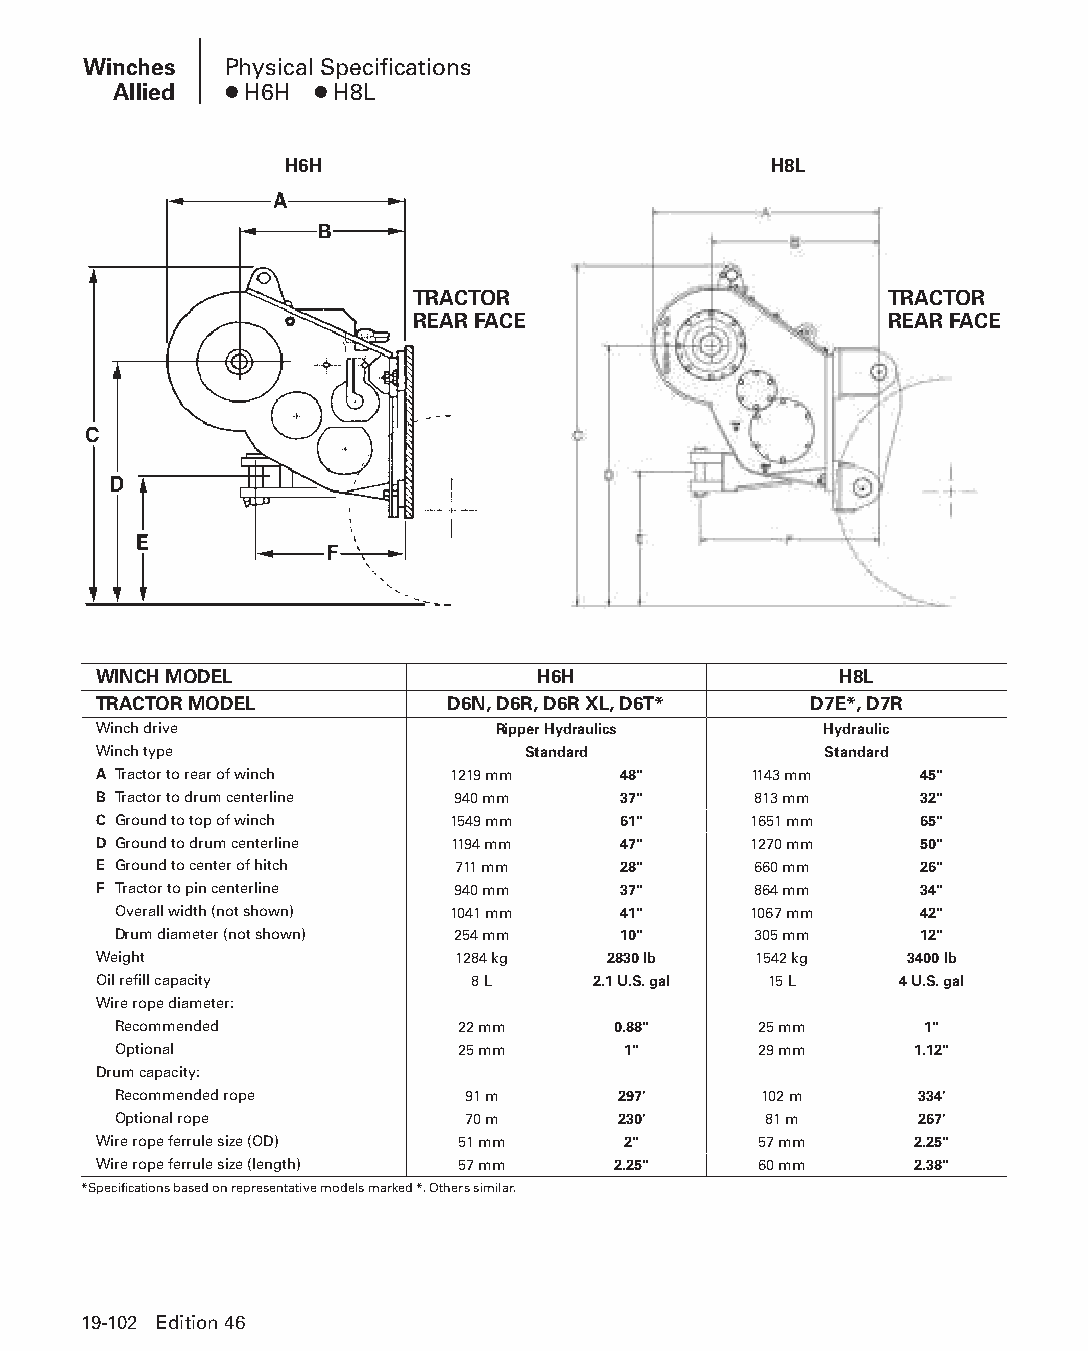
Winches  Physical Specifications
 Allied ● H6H ● H8L
 H6H                             H8L
 TRACTOR                        TRACTOR
 REAR FACE                      REAR FACE
 WINCH MODEL                  H6H                 H8L
 TRACTOR MODEL          D6N, D6R, D6R XL, D6T*  D7E*, D7R
 Winch drive               Ripper Hydraulics     Hydraulic
 Winch type                  Standard            Standard
 A Tractor to rear of winch 1219 mm 48"     1143 mm    45"
 B Tractor to drum centerline 940 mm 37"    813 mm     32"
 C Ground to top of winch 1549 mm  61"      1651 mm    65"
 D Ground to drum centerline 1194 mm 47"    1270 mm    50"
 E Ground to center of hitch 711 mm 28"     660 mm     26"
 F Tractor to pin centerline 940 mm 37"     864 mm     34"
 Overall width (not shown) 1041 mm 41"     1067 mm    42"
 Drum diameter (not shown) 254 mm 10"      305 mm     12"
 Weight                 1284 kg    2830 lb  1542 kg   3400 lb
 Oil refill capacity      8 L     2.1 U.S. gal 15 L   4 U.S. gal
 Wire rope diameter:
 Recommended            22 mm     0.88"     25 mm      1"
 Optional               25 mm      1"       29 mm     1.12"
 Drum capacity:
 Recommended rope       91 m      297'      102 m     334'
 Optional rope          70 m      230'      81 m      267'
 Wire rope ferrule size (OD) 51 mm  2"       57 mm     2.25"
 Wire rope ferrule size (length) 57 mm 2.25" 60 mm     2.38"
 *Specifications based on representative models marked *. Others similar.
 19-102 Edition 46
 PPHHBB--SSeecc1199--TTTTTT--55--WWiinncchheess((ppgg8833--111122))..iinndddd 110022 1122//44//1155 1111::0000 AAMM